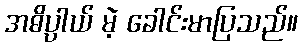
အဓိပ္ပာယ် မဲ့ ခေါင်းမာပြသည်။